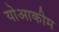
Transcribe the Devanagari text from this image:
योआकीम